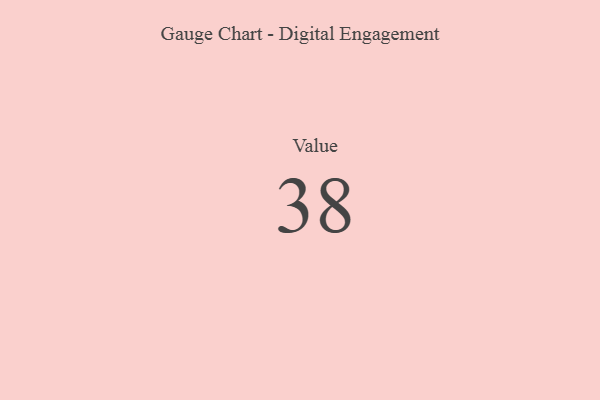
{"axis": {"x": "Metric", "y": "Value"}, "legend": [""], "data": [{"x": "Value", "y": 38, "type": ""}]}